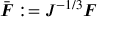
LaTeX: { \bar { \boldsymbol { F } } } : = J ^ { - 1 / 3 } { \boldsymbol { F } }